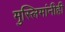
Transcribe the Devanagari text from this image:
मुस्लिमांनीही